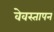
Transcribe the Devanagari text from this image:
वेवस्तापन